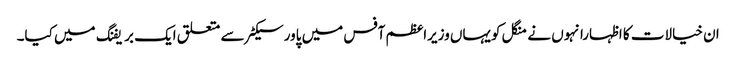
ان خیالات کا اظہارانہوں نے منگل کویہاں وزیراعظم آفس میں پاورسیکٹر سے متعلق ایک بریفنگ میں کیا۔